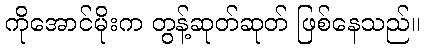
ကိုအောင်မိုးက တွန့်ဆုတ်ဆုတ် ဖြစ်နေသည်။